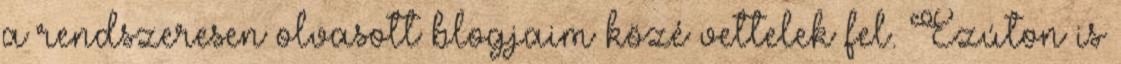
a rendszeresen olvasott blogjaim közé vettelek fel. Ezúton is